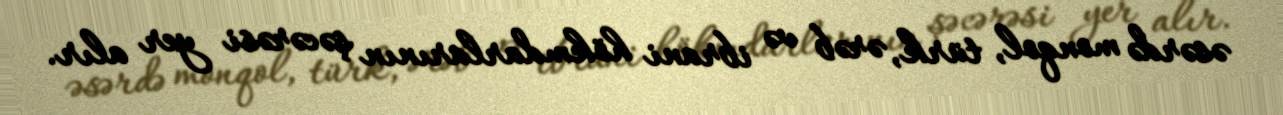
əsərdə monqol, türk, ərəb və ibrani hökmdarlarının şəcərəsi yer alır.